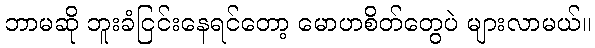
ဘာမဆို ဘူးခံငြင်းနေရင်တော့ မောဟစိတ်တွေပဲ များလာမယ်။